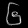
Digit: ၆